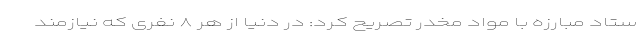
ستاد مبارزه با مواد مخدر تصریح کرد: در دنیا از هر ۸ نفری که نیازمند